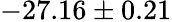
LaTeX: -27.16\pm 0.21